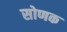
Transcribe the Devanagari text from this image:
सोणक